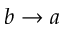
b \rightarrow a